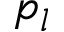
p _ { l }